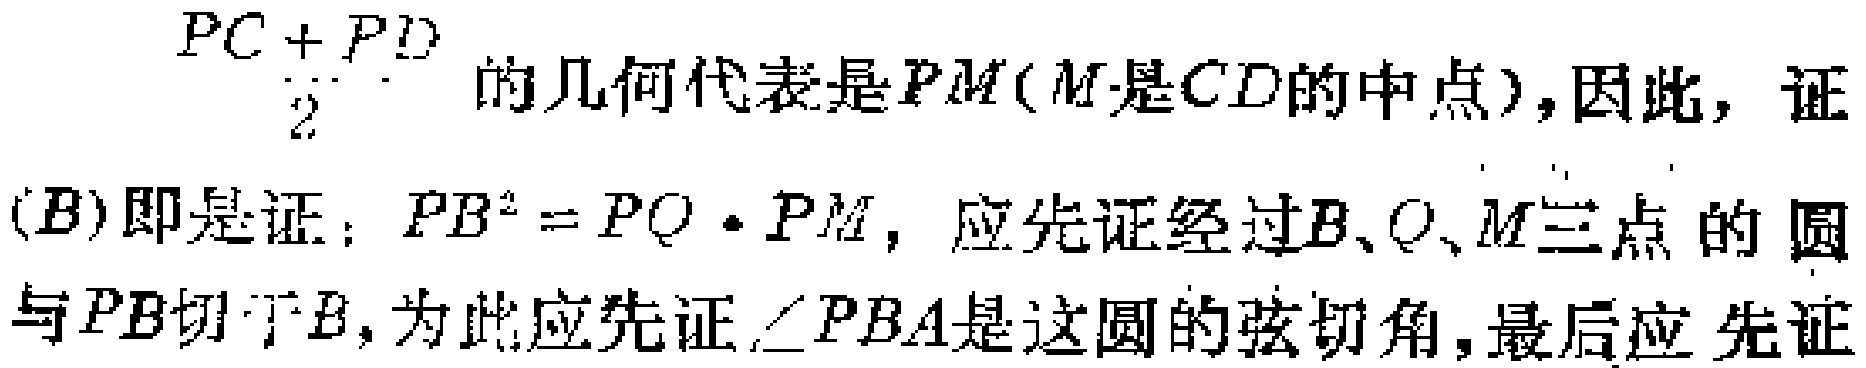
$\frac{PC + PD}{2}$的几何代表是$PM(M是CD的中点),因此,证$(B)即是证：$PB^{2}=PQ\cdot PM$,应先证经过$B、Q、M三点的圆与$PB切于B,为此应先证$\angle PBA是这圆的弦切角,最后应先证